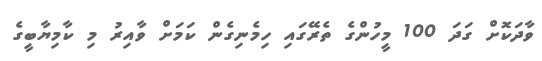
ވާދަކޮށް ގަދަ 100 މީހުންގެ ތެރޭގައި ހިމެނިގެން ކަމަށް ވާއިރު މި ކާމިޔާބީގެ